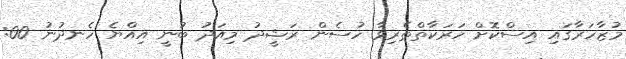
މުޒާހަރާގައި އިސްކޮށް ހަރަކާތްތެރިވާ ހުސެން ރަޝީދު މިއަދު ބުނީ އިއްޔެ ހެނދުނު 00: